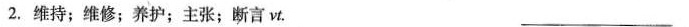
2.维持；维修；养护；主张；断言vt. ___